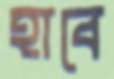
হাবে